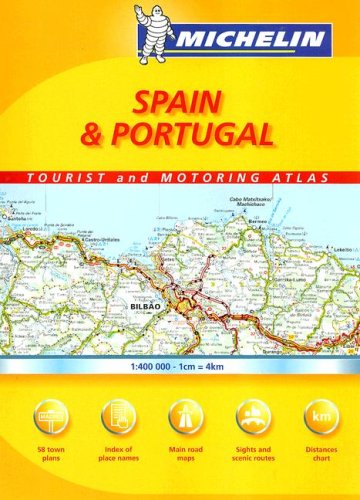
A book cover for Michelin Spain & Portugal Tourist and Motoring Atlas (Michelin Spain & Portugal Tourist & Motoring Atlas) (Multilingual Edition); Travel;